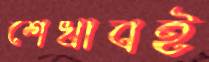
শেখাবই